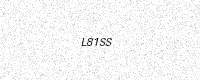
Text: L81SS